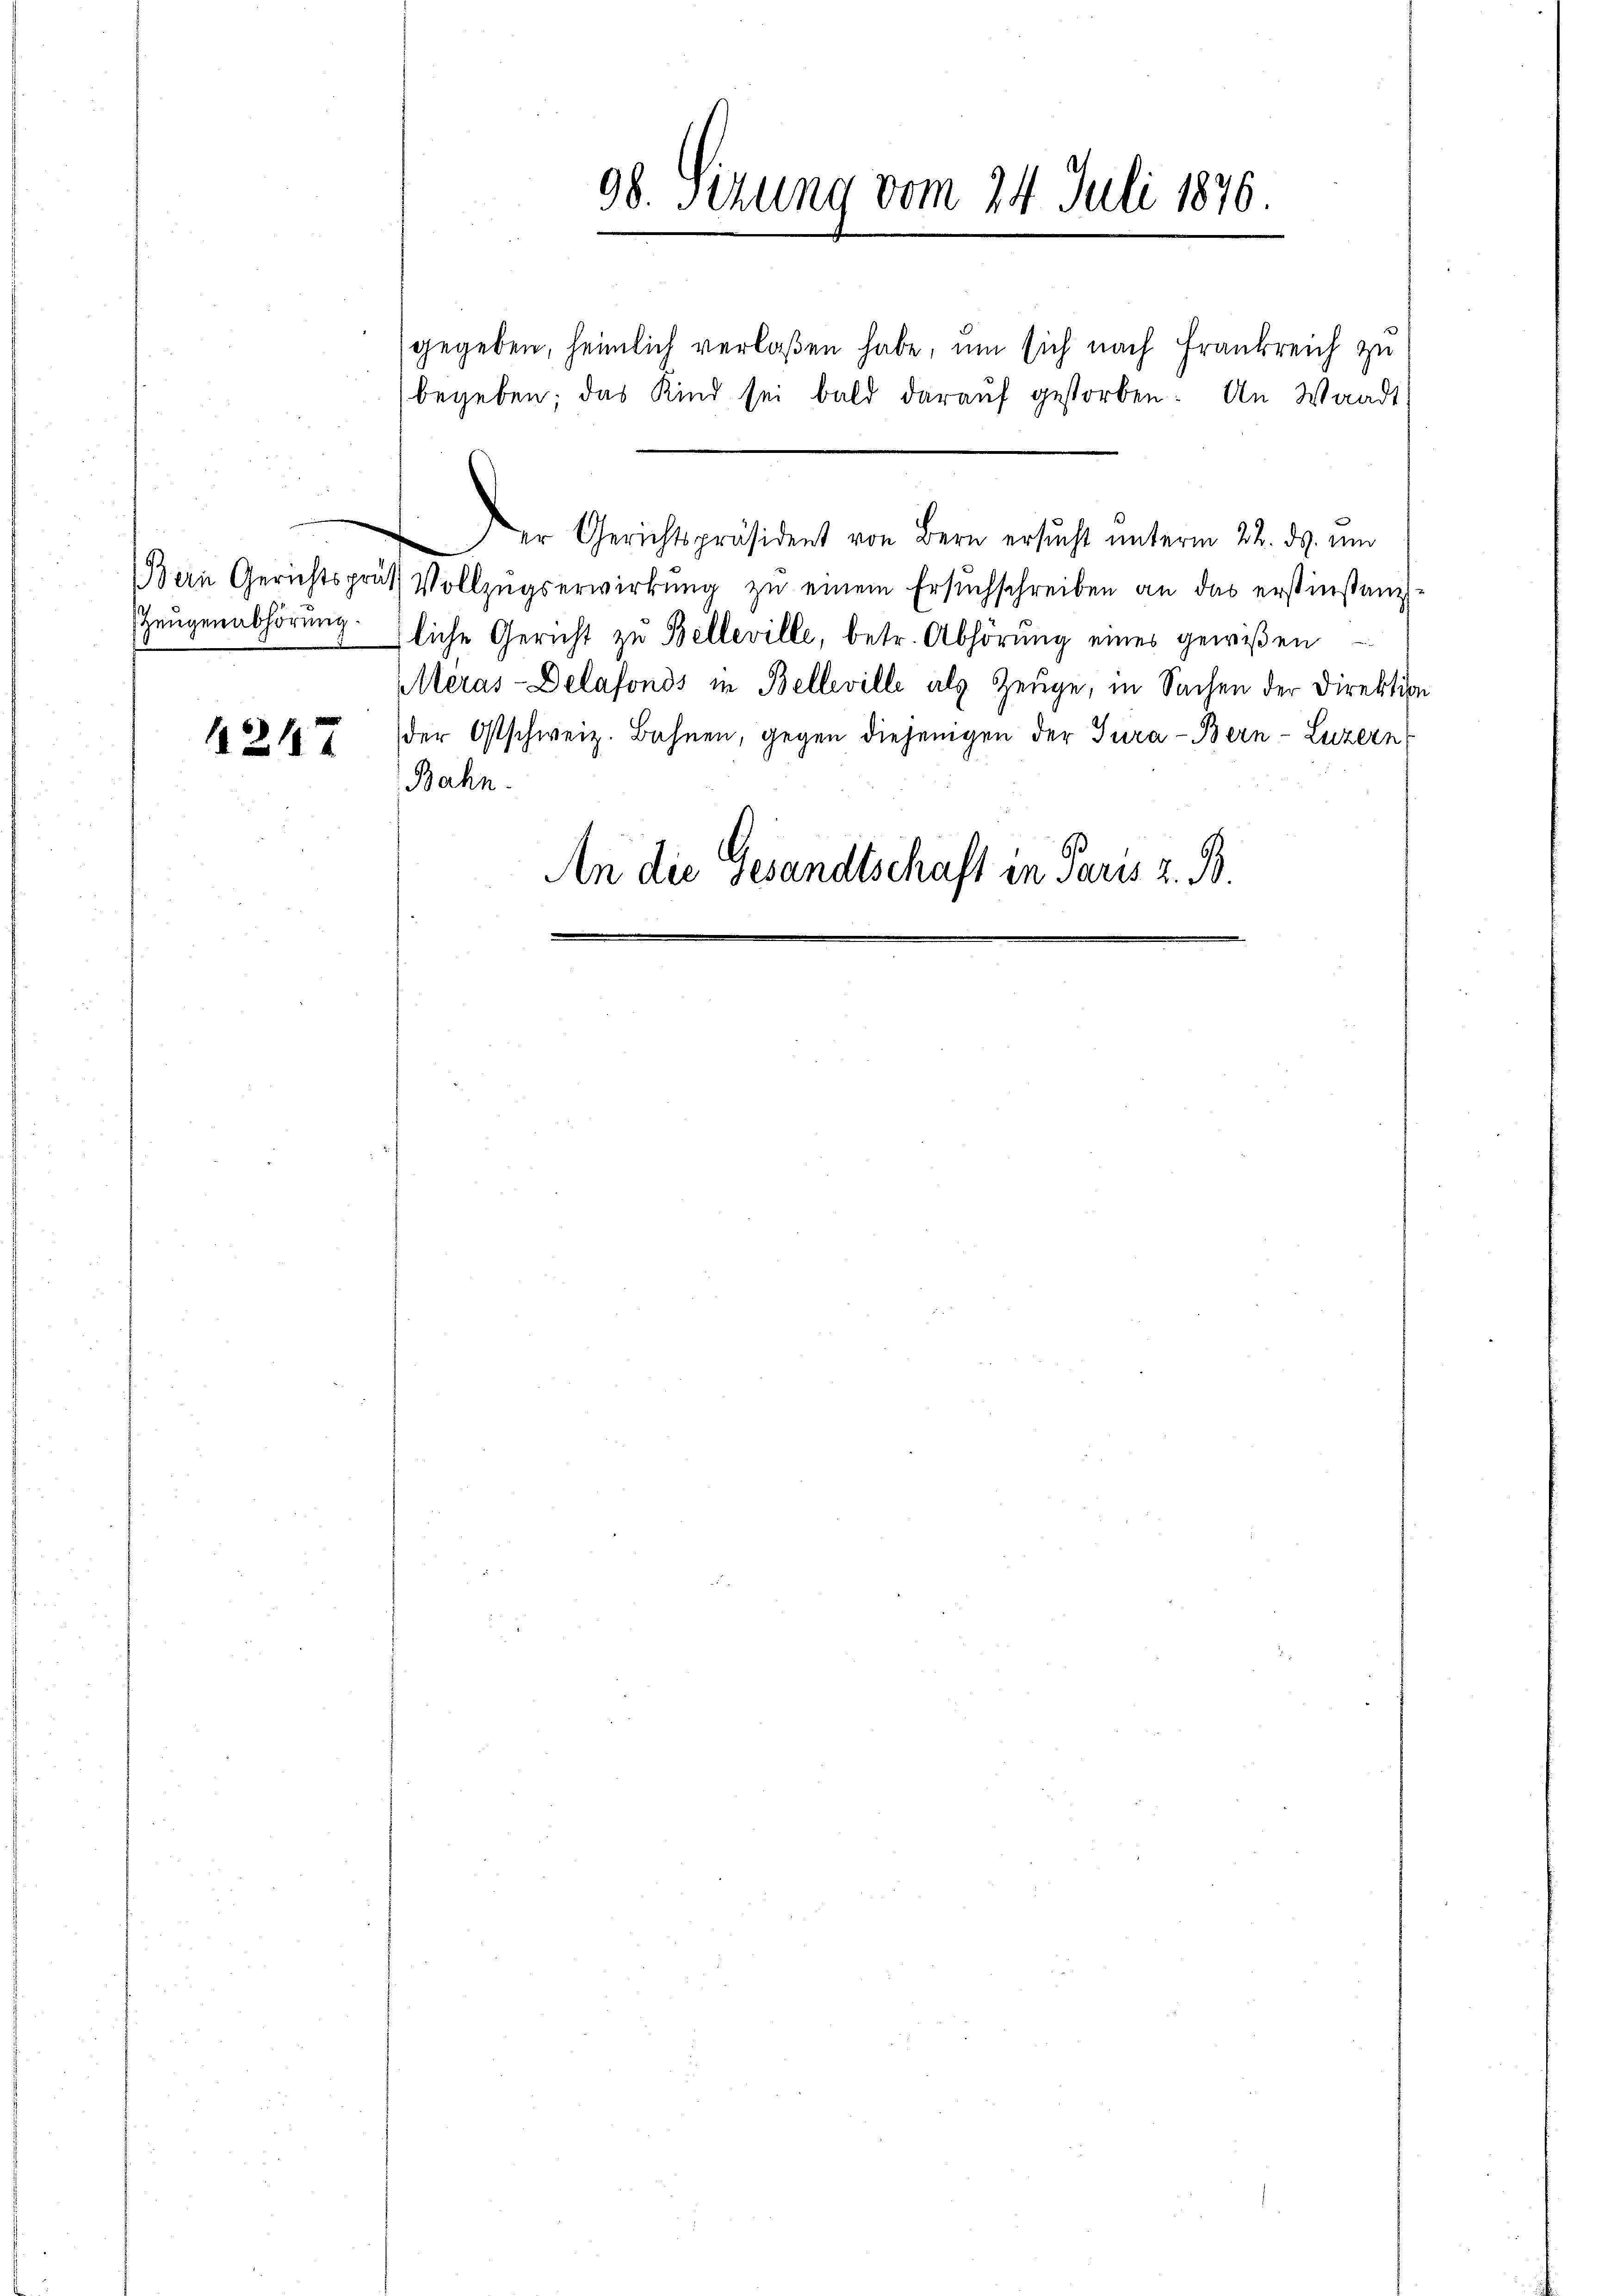
98. Sizung vom 24. Juli 1876

er Gerichtspräsident von Bern ersŭcht ŭnterm 22. ds. und
Bern Gerichtspräs. Vollzŭgserwirkŭng zŭ einem Ersuchschreiben an das erstinstanz
Zeŭgenabhörung: zliche Gericht zu Belleville, betr. Abhörung eines gewißen
Meras-Delafonds in Belleville als Zeuge, in Sachen der Direktion
124 der Ostschweiz. Bahnen, gegen diejenigen der Jura - Bern- Luzern
Bahn.
An die Gesandtschaft in Paris z. B.

gegeben, heimlich verlaßen habe, um sich nach Frankreich zu
begeben; das Kind sei bald daraŭf gestorben. An Waadt